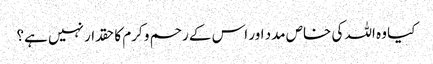
کیا وہ اللہ کی خاص مدد اور اس کے رحم و کرم کا حقدار نہیں ہے؟